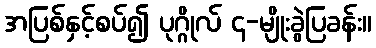
အပြစ်နှင့်စပ်၍ ပုဂ္ဂိုလ် ၄-မျိုးခွဲပြခန်း။